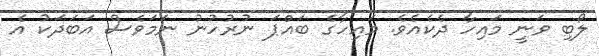
ލޯބި ވަނީ މައިހާ ދެކެއެވެ. މައިހާގެ ބައްޕަ ނުރުހުނު ނަމަވެސް އަބަދަކު އެ